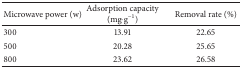
<table><thead><tr><td><b>Microwave power (w)</b></td><td><b>Adsorption capacity (mg·g<sup>−1</sup>)</b></td><td><b>Removal rate (%)</b></td></tr></thead><tbody><tr><td>300</td><td>13.91</td><td>22.65</td></tr><tr><td>500</td><td>20.28</td><td>25.65</td></tr><tr><td>800</td><td>23.62</td><td>26.58</td></tr></tbody></table>